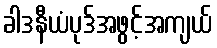
ခါဒနီယံပုဒ်အဖွင့်အကျယ်